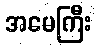
အမေကြီး